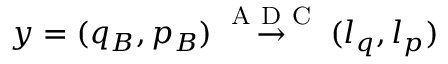
y = ( q _ { B } , p _ { B } ) \overset { \mathrm { ~ A ~ D ~ C ~ } } { \rightarrow } ( l _ { q } , l _ { p } )